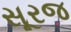
સૂરજ